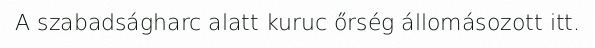
A szabadságharc alatt kuruc őrség állomásozott itt.